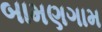
બામણગામ